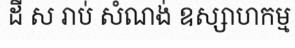
ដី ស រាប់ សំណង់ ឧស្សាហកម្ម